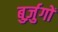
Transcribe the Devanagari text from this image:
बुर्ज़ुगों